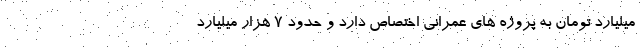
میلیارد تومان به پروژه های عمرانی اختصاص دارد و حدود 7 هزار میلیارد